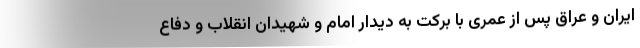
ایران و عراق پس از عمری با برکت به دیدار امام و شهیدان انقلاب و دفاع